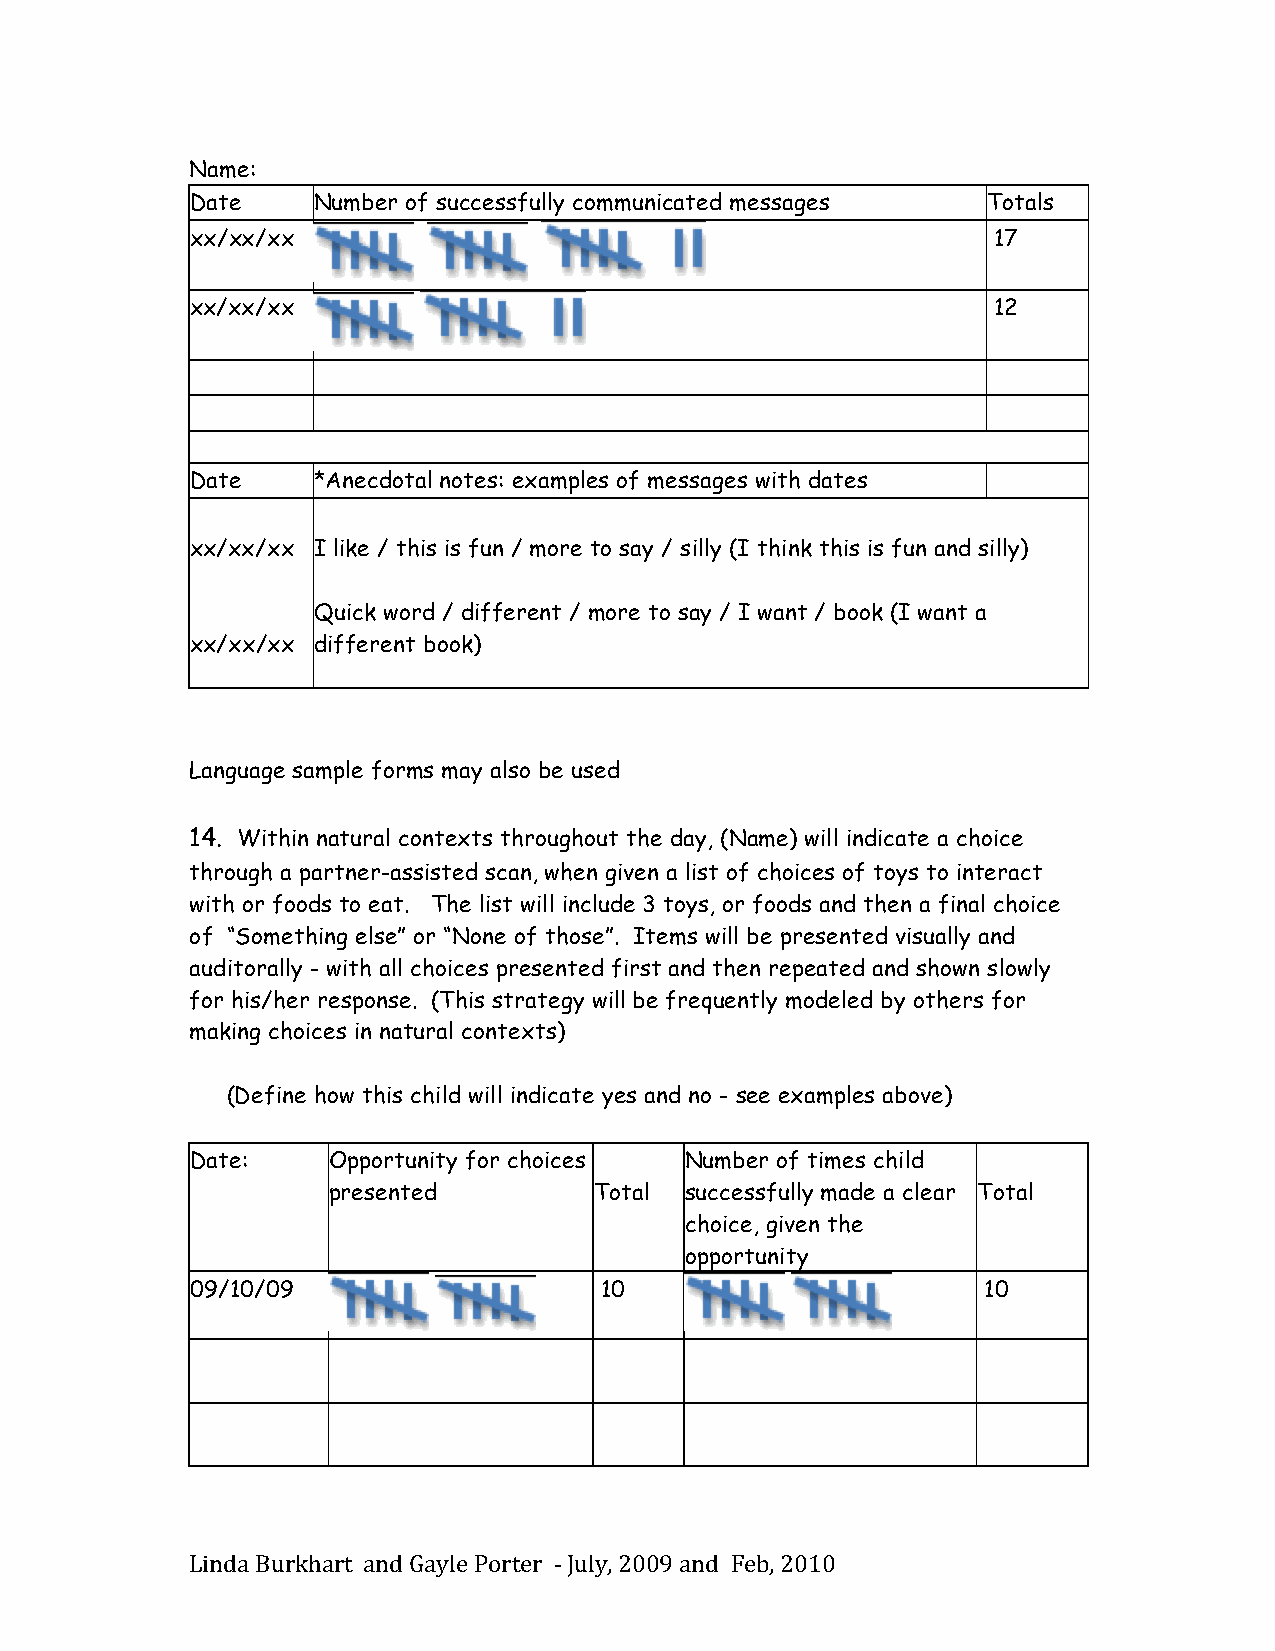
Name:
 Date    Number of successfully communicated messages Totals
 xx/xx/xx                                             17
 xx/xx/xx                                             12
 Date    *Anecdotal notes: examples of messages with dates
 xx/xx/xx I like / this is fun / more to say / silly (I think this is fun and silly)
 Quick word / different / more to say / I want / book (I want a
 xx/xx/xx different book)
 Language sample forms may also be used
 14. Within natural contexts throughout the day, (Name) will indicate a choice
 through a partner-assisted scan, when given a list of choices of toys to interact
 with or foods to eat. The list will include 3 toys, or foods and then a final choice
 of “Something else” or “None of those”. Items will be presented visually and
 auditorally - with all choices presented first and then repeated and shown slowly
 for his/her response. (This strategy will be frequently modeled by others for
 making choices in natural contexts)
 (Define how this child will indicate yes and no - see examples above)
 Date:    Opportunity for choices Number of times child
 presented        Total successfully made a clear Total
 choice, given the
 opportunity
 09/10/09                   10                       10
 Linda Burkhart and Gayle Porter -­‐‑ July, 2009 and Feb, 2010